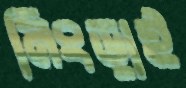
নিংড়াই